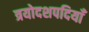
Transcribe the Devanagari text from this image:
त्रयोदशपदियाँ